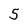
Character: 5